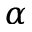
\alpha